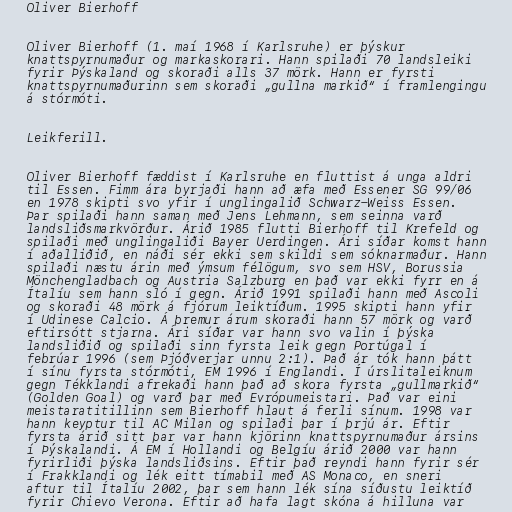
Oliver Bierhoff

Oliver Bierhoff (1. maí 1968 í Karlsruhe) er þýskur
knattspyrnumaður og markaskorari. Hann spilaði 70 landsleiki
fyrir Þýskaland og skoraði alls 37 mörk. Hann er fyrsti
knattspyrnumaðurinn sem skoraði „gullna markið“ í framlengingu
á stórmóti.

Leikferill.

Oliver Bierhoff fæddist í Karlsruhe en fluttist á unga aldri
til Essen. Fimm ára byrjaði hann að æfa með Essener SG 99/06
en 1978 skipti svo yfir í unglingalið Schwarz-Weiss Essen.
Þar spilaði hann saman með Jens Lehmann, sem seinna varð
landsliðsmarkvörður. Árið 1985 flutti Bierhoff til Krefeld og
spilaði með unglingaliði Bayer Uerdingen. Ári síðar komst hann
í aðalliðið, en náði sér ekki sem skildi sem sóknarmaður. Hann
spilaði næstu árin með ýmsum félögum, svo sem HSV, Borussia
Mönchengladbach og Austria Salzburg en það var ekki fyrr en á
Ítalíu sem hann sló í gegn. Árið 1991 spilaði hann með Ascoli
og skoraði 48 mörk á fjórum leiktíðum. 1995 skipti hann yfir
í Udinese Calcio. Á þremur árum skoraði hann 57 mörk og varð
eftirsótt stjarna. Ári síðar var hann svo valin í þýska
landsliðið og spilaði sinn fyrsta leik gegn Portúgal í
febrúar 1996 (sem Þjóðverjar unnu 2:1). Það ár tók hann þátt
í sínu fyrsta stórmóti, EM 1996 í Englandi. Í úrslitaleiknum
gegn Tékklandi afrekaði hann það að skora fyrsta „gullmarkið“
(Golden Goal) og varð þar með Evrópumeistari. Það var eini
meistaratitillinn sem Bierhoff hlaut á ferli sínum. 1998 var
hann keyptur til AC Milan og spilaði þar í þrjú ár. Eftir
fyrsta árið sitt þar var hann kjörinn knattspyrnumaður ársins
í Þýskalandi. Á EM í Hollandi og Belgíu árið 2000 var hann
fyrirliði þýska landsliðsins. Eftir það reyndi hann fyrir sér
í Frakklandi og lék eitt tímabil með AS Monaco, en sneri
aftur til Ítalíu 2002, þar sem hann lék sína síðustu leiktíð
fyrir Chievo Verona. Eftir að hafa lagt skóna á hilluna var